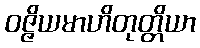
ဝဇ္ဇိယမာဟိတုတ္တိယာ